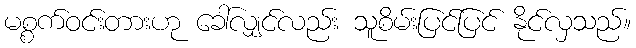
မစ္စက်ဝင်းတားဟု ခေါ်လျှင်လည်း သူစိမ်းပြင်ပြင် နိုင်လှသည်။